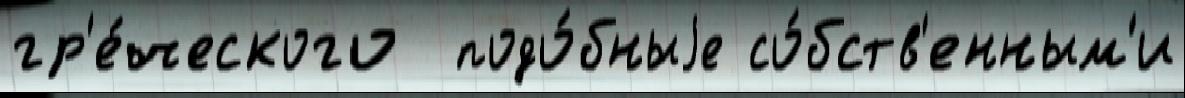
гр'е́ческого  подо́бныjе со́бств'енным'и